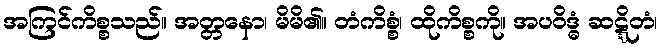
အကြင်ကိစ္စသည်။ အတ္တနော၊ မိမိ၏။ တံကိစ္စံ၊ ထိုကိစ္စကို။ အပဝိဒ္ဓံ ဆဋ္ဋိတံ၊